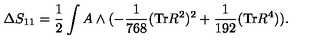
\Delta S _ { 1 1 } = \frac { 1 } { 2 } \int A \wedge ( - \frac { 1 } { 7 6 8 } ( \mathrm { T r } R ^ { 2 } ) ^ { 2 } + \frac { 1 } { 1 9 2 } ( \mathrm { T r } R ^ { 4 } ) ) .